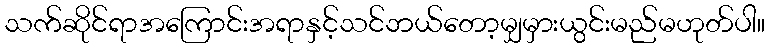
သက်ဆိုင်ရာအကြောင်းအရာနှင့်သင်ဘယ်တော့မျှမှားယွင်းမည်မဟုတ်ပါ။